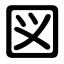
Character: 図